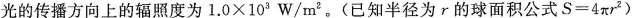
光的传播方向上的辐照度为$$1 . 0 \times 1 0 ^ { 3 } W / m ^ { 2 }$$。(已知半径为r的球面积公式$$S = 4 π r ^ { 2 }$$)